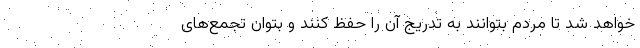
خواهد شد تا مردم بتوانند به تدریج آن را حفظ کنند و بتوان تجمع‌های